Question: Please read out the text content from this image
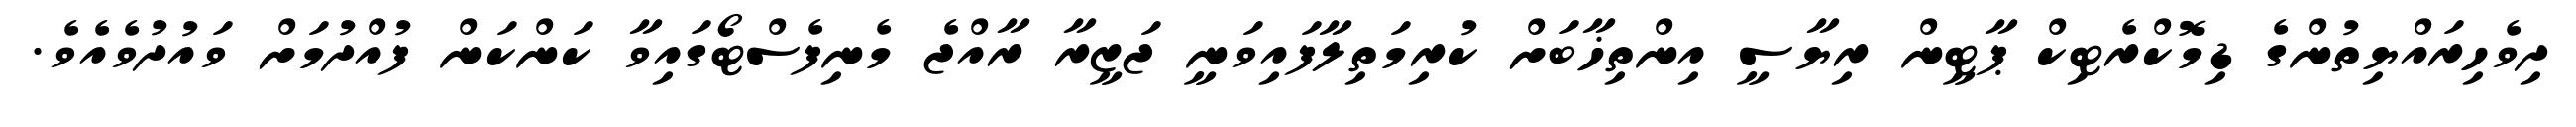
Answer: ދިވެހިރައްޔިތުންގެ ޑިމޮކްރެޓިކް ޕާޓީން ރިޔާސީ އިންތިޚާބަށް ކުރިމަތިލާފައިވަނީ ޖަޒީރާ ރާއްޖެ މެނިފެސްޓޯގައިވާ ކަންކަން ފުއްދުމަށް ވައުދުވެއެވެ.